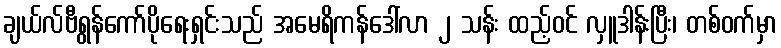
ချယ်လ်ဗီရွန်ကော်ပိုရေးရှင်းသည် အမေရိကန်ဒေါ်လာ ၂ သန်း ထည့်ဝင် လှူဒါန်းပြီး၊ တစ်ဝက်မှာ